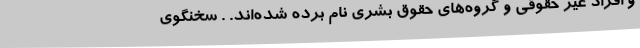
و افراد غیر حقوقی و گروه‌های حقوق بشری نام برده شده‌اند. . سخنگوی